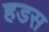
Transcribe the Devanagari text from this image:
हडस